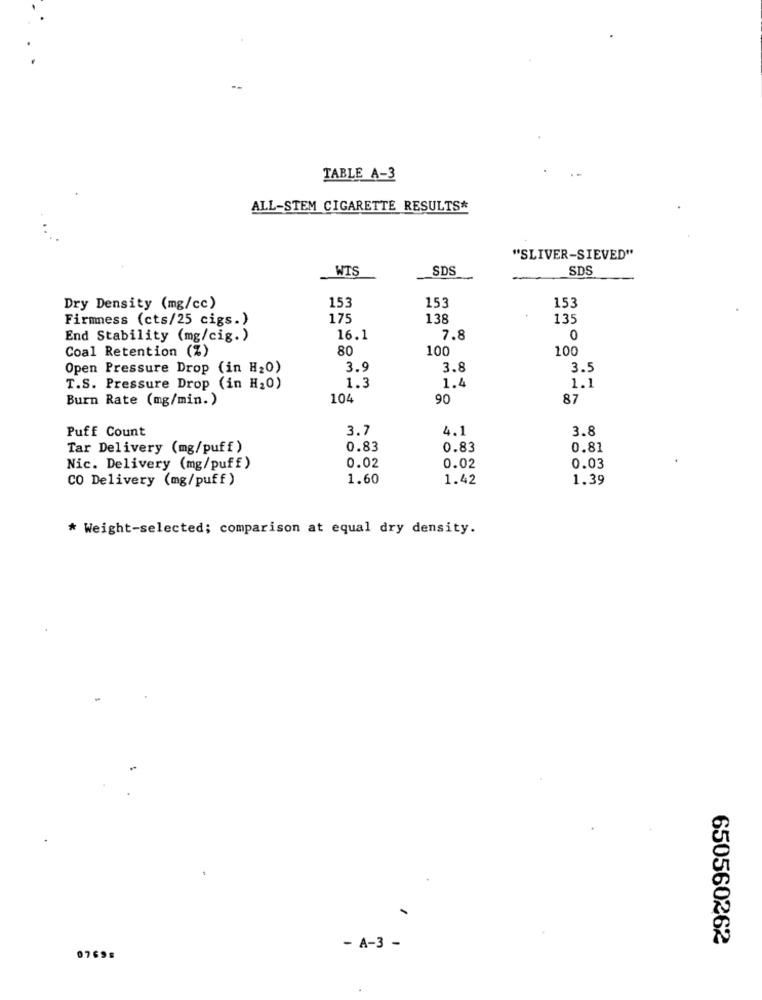
--
TABLE A-3
ALL-STEM CIGARETTE RESULTS*
"SLIVER-SIEVED"
WIS
SDS
SDS
153
153
153
Dry Density (mg/cc)
Firmness (cts/25 cigs.)
175
138
135
End Stability (mg/cig.)
16.1
7.8
0
80
100
100
Coal Retention (%)
Open Pressure Drop (in H20)
3.9
3.8
3.5
1.3
1.4
T.S. Pressure Drop (in H20)
1.1
Burn Rate (mg/min.)
104
90
87
Puff Count
3.7
4.1
3.8
Tar Delivery (mg/puff)
0.83
0.83
0.81
Nic. Delivery (mg/puff)
0.02
0.02
0.03
CO Delivery (mg/puff)
1.60
1.42
1.39
* Weight-selected; comparison at equal dry density.
650560262
- A-3 -
07698